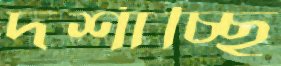
দর্শাচ্ছি